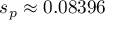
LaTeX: s _ { p } \approx 0 . 0 8 3 9 6